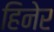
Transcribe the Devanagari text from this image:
हिनेर